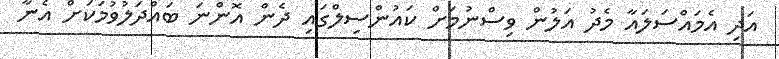
އަދި އެމައްސަލައާ މެދު އަލުން ވިސްނުމަށް ކައުންސިލްގައި ދެން އޮންނަ ބައްދަލުވުމަކަށް އެނާ